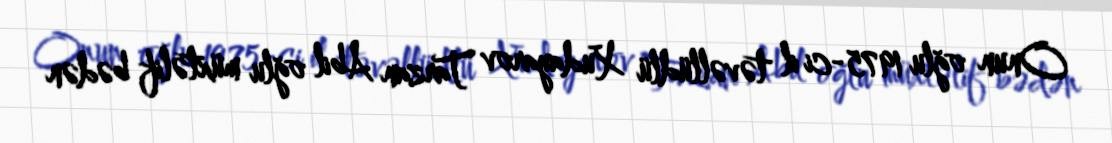
Onun oğlu 1975-ci il təvəllüdlü Xudayarov Tarzan Abil oğlu müxtəlif bədən